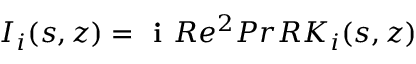
I _ { i } ( s , z ) = \textbf { i } R e ^ { 2 } P r R K _ { i } ( s , z )